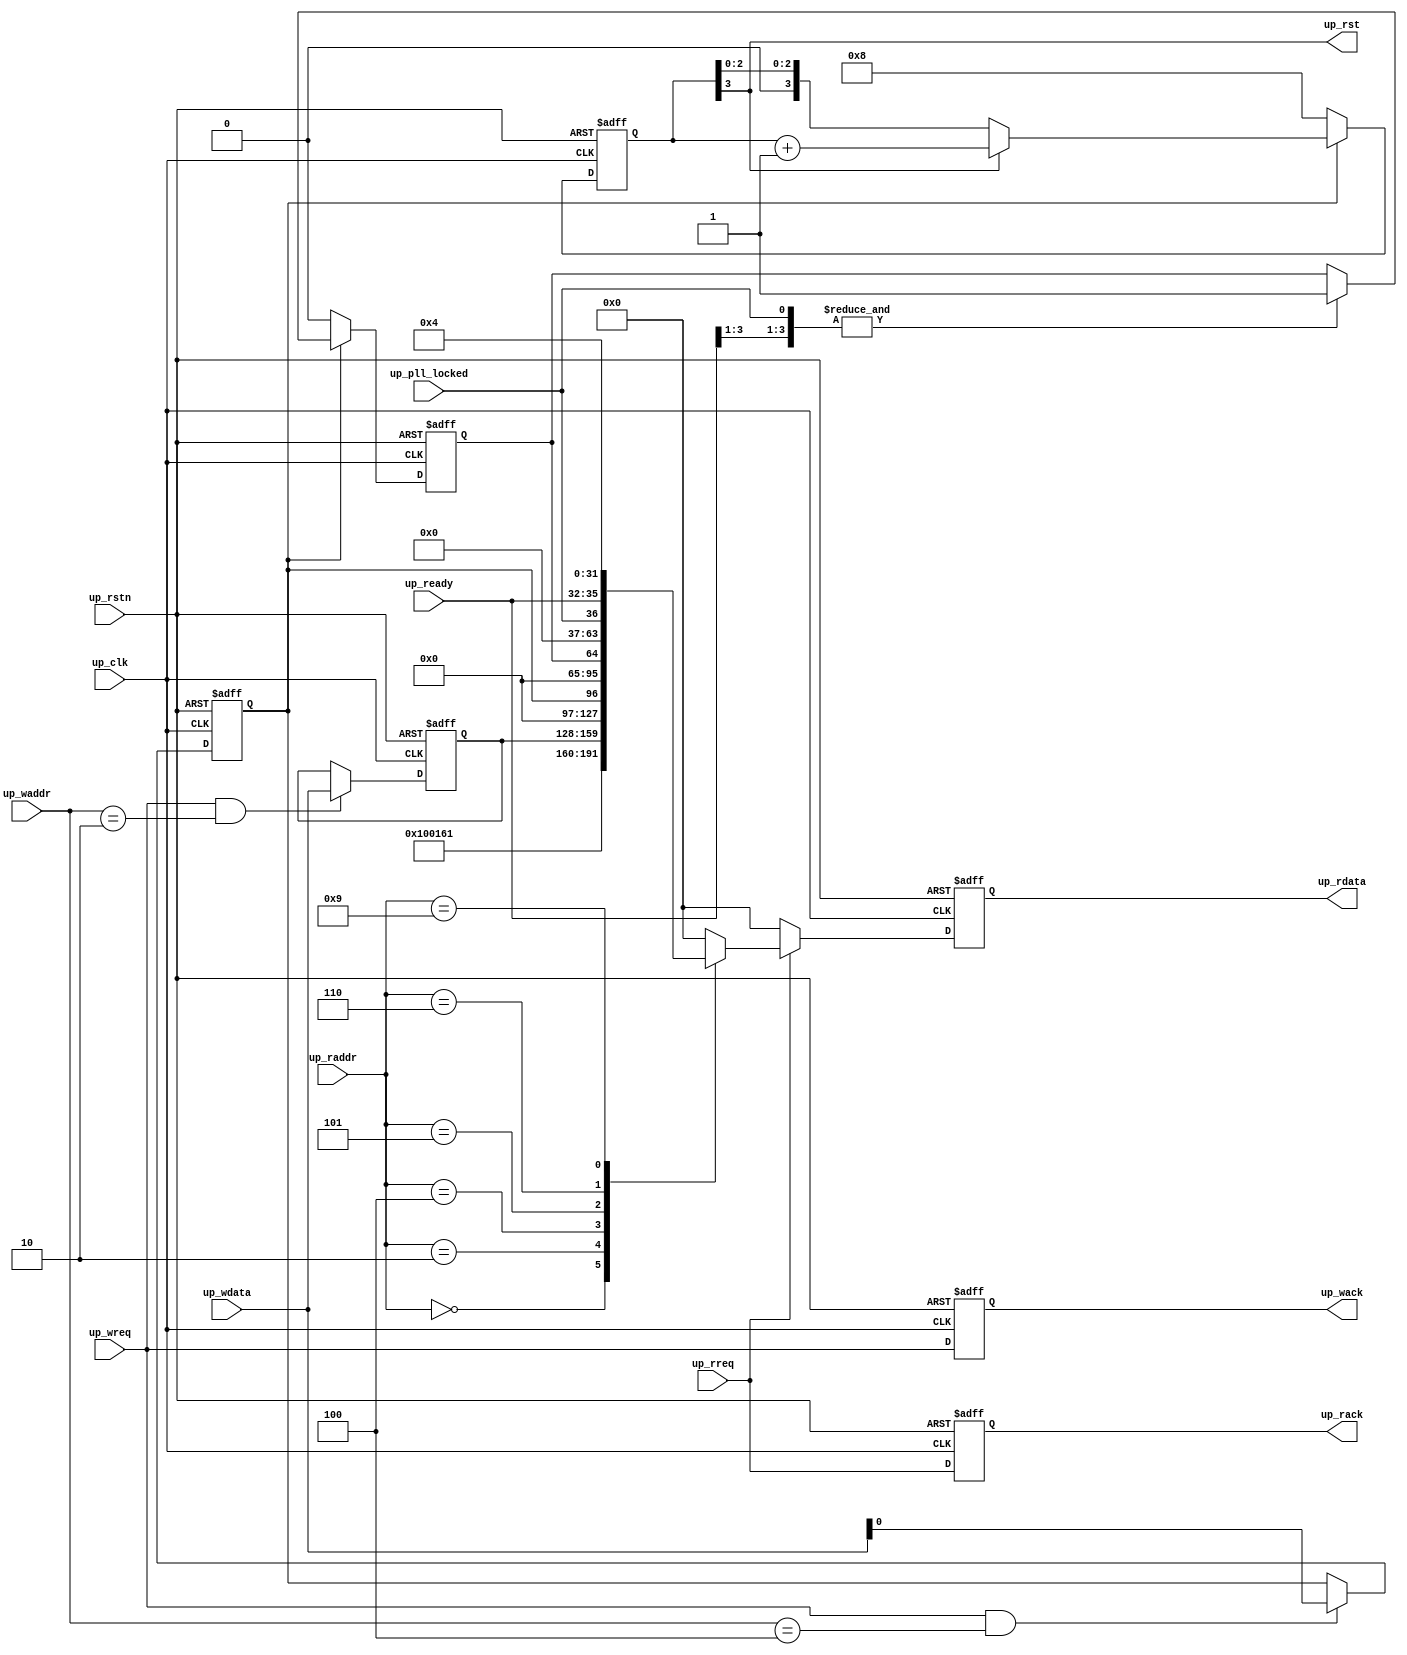
// ***************************************************************************
// ***************************************************************************
// Copyright 2011(c) Analog Devices, Inc.
//
// All rights reserved.
//
// Redistribution and use in source and binary forms, with or without modification,
// are permitted provided that the following conditions are met:
//     - Redistributions of source code must retain the above copyright
//       notice, this list of conditions and the following disclaimer.
//     - Redistributions in binary form must reproduce the above copyright
//       notice, this list of conditions and the following disclaimer in
//       the documentation and/or other materials provided with the
//       distribution.
//     - Neither the name of Analog Devices, Inc. nor the names of its
//       contributors may be used to endorse or promote products derived
//       from this software without specific prior written permission.
//     - The use of this software may or may not infringe the patent rights
//       of one or more patent holders.  This license does not release you
//       from the requirement that you obtain separate licenses from these
//       patent holders to use this software.
//     - Use of the software either in source or binary form, must be run
//       on or directly connected to an Analog Devices Inc. component.
//
// THIS SOFTWARE IS PROVIDED BY ANALOG DEVICES "AS IS" AND ANY EXPRESS OR IMPLIED WARRANTIES,
// INCLUDING, BUT NOT LIMITED TO, NON-INFRINGEMENT, MERCHANTABILITY AND FITNESS FOR A
// PARTICULAR PURPOSE ARE DISCLAIMED.
//
// IN NO EVENT SHALL ANALOG DEVICES BE LIABLE FOR ANY DIRECT, INDIRECT, INCIDENTAL, SPECIAL,
// EXEMPLARY, OR CONSEQUENTIAL DAMAGES (INCLUDING, BUT NOT LIMITED TO, INTELLECTUAL PROPERTY
// RIGHTS, PROCUREMENT OF SUBSTITUTE GOODS OR SERVICES; LOSS OF USE, DATA, OR PROFITS; OR
// BUSINESS INTERRUPTION) HOWEVER CAUSED AND ON ANY THEORY OF LIABILITY, WHETHER IN CONTRACT,
// STRICT LIABILITY, OR TORT (INCLUDING NEGLIGENCE OR OTHERWISE) ARISING IN ANY WAY OUT OF
// THE USE OF THIS SOFTWARE, EVEN IF ADVISED OF THE POSSIBILITY OF SUCH DAMAGE.
// ***************************************************************************
// ***************************************************************************

`timescale 1ns/100ps

module axi_adxcvr_up #(

  // parameters

  parameter   integer ID = 0,
  parameter   integer TX_OR_RX_N = 0,
  parameter   integer NUM_OF_LANES = 4) (

  // xcvr, lane-pll and ref-pll are shared

  output                        up_rst,
  input                         up_pll_locked,
  input   [(NUM_OF_LANES-1):0]  up_ready,

  // bus interface

  input                         up_rstn,
  input                         up_clk,
  input                         up_wreq,
  input   [ 9:0]                up_waddr,
  input   [31:0]                up_wdata,
  output                        up_wack,
  input                         up_rreq,
  input   [ 9:0]                up_raddr,
  output  [31:0]                up_rdata,
  output                        up_rack);

  // parameters

  localparam  [31:0]  VERSION = 32'h00100161;

  // internal registers

  reg                           up_wreq_d = 'd0;
  reg     [31:0]                up_scratch = 'd0;
  reg                           up_resetn = 'd0;
  reg     [ 3:0]                up_rst_cnt = 'd8;
  reg                           up_status_int = 'd0;
  reg                           up_rreq_d = 'd0;
  reg     [31:0]                up_rdata_d = 'd0;

  // internal signals

  wire                          up_ready_s;
  wire    [31:0]                up_status_32_s;
  wire    [31:0]                up_rparam_s;

  // defaults

  assign up_wack = up_wreq_d;

  always @(negedge up_rstn or posedge up_clk) begin
    if (up_rstn == 0) begin
      up_wreq_d <= 'd0;
      up_scratch <= 'd0;
    end else begin
      up_wreq_d <= up_wreq;
      if ((up_wreq == 1'b1) && (up_waddr == 10'h002)) begin
        up_scratch <= up_wdata;
      end
    end
  end

  // reset-controller

  always @(negedge up_rstn or posedge up_clk) begin
    if (up_rstn == 0) begin
      up_resetn <= 'd0;
    end else begin
      if ((up_wreq == 1'b1) && (up_waddr == 10'h004)) begin
        up_resetn <= up_wdata[0];
      end
    end
  end

  assign up_rst = up_rst_cnt[3];
  assign up_ready_s = & up_status_32_s[NUM_OF_LANES:1];
  assign up_status_32_s[31:(NUM_OF_LANES+1)] = 'd0;
  assign up_status_32_s[NUM_OF_LANES] = up_pll_locked;
  assign up_status_32_s[(NUM_OF_LANES-1):0] = up_ready;

  always @(negedge up_rstn or posedge up_clk) begin
    if (up_rstn == 0) begin
      up_rst_cnt <= 4'h8;
      up_status_int <= 1'b0;
    end else begin
      if (up_resetn == 1'b0) begin
        up_rst_cnt <= 4'h8;
      end else if (up_rst_cnt[3] == 1'b1) begin
        up_rst_cnt <= up_rst_cnt + 1'b1;
      end
      if (up_resetn == 1'b0) begin
        up_status_int <= 1'b0;
      end else if (up_ready_s == 1'b1) begin
        up_status_int <= 1'b1;
      end
    end
  end

  // altera specific

  assign up_rparam_s[31:24] = 8'd0;

  // xilinx specific

  assign up_rparam_s[23:16] = 8'd0;

  // generic

  assign up_rparam_s[15: 9] = 7'd0;
  assign up_rparam_s[ 8: 8] = (TX_OR_RX_N == 0) ? 1'b0 : 1'b1;
  assign up_rparam_s[ 7: 0] = NUM_OF_LANES;

  // read interface

  assign up_rack = up_rreq_d;
  assign up_rdata = up_rdata_d;

  always @(negedge up_rstn or posedge up_clk) begin
    if (up_rstn == 0) begin
      up_rreq_d <= 'd0;
      up_rdata_d <= 'd0;
    end else begin
      up_rreq_d <= up_rreq;
      if (up_rreq == 1'b1) begin
        case (up_raddr)
          10'h000: up_rdata_d <= VERSION;
          10'h001: up_rdata_d <= ID;
          10'h002: up_rdata_d <= up_scratch;
          10'h004: up_rdata_d <= {31'd0, up_resetn};
          10'h005: up_rdata_d <= {31'd0, up_status_int};
          10'h006: up_rdata_d <= up_status_32_s;
          10'h009: up_rdata_d <= up_rparam_s;
          default: up_rdata_d <= 32'd0;
        endcase
      end else begin
        up_rdata_d <= 32'd0;
      end
    end
  end

endmodule

// ***************************************************************************
// ***************************************************************************